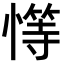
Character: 𢡩